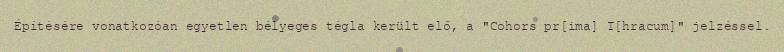
Építésére vonatkozóan egyetlen bélyeges tégla került elő, a "Cohors pr[ima] T[hracum]" jelzéssel.